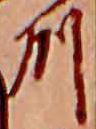
州